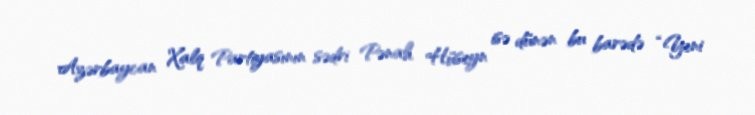
Azərbaycan Xalq Partiyasının sədri Pənah Hüseyn isə dünən bu barədə “Yeni